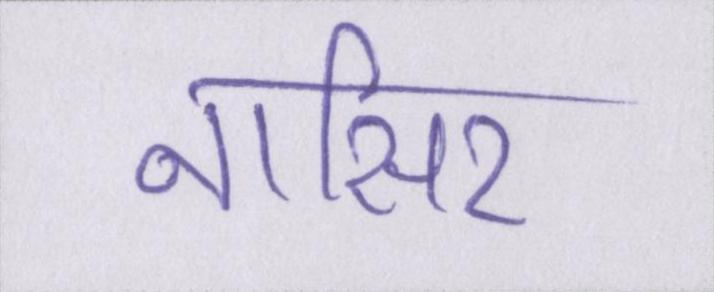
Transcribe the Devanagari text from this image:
नासिर